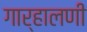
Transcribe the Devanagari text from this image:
गार्हालणी